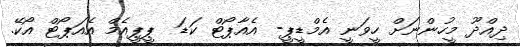
ދިއްދޫ މީހުންނަށް ހީވަނީ އެމްޑީޕީ- އެއާޕޯޓް ކަޑަ  ޕީޕީއެމް އެއަޕޯޓް އޯކޭ.